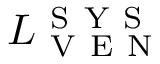
L _ { \mathrm { ~ V ~ E ~ N ~ } } ^ { \mathrm { ~ S ~ Y ~ S ~ } }